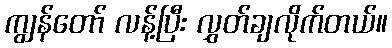
ကျွန်တော် လန့်ပြီး လွှတ်ချလိုက်တယ်။